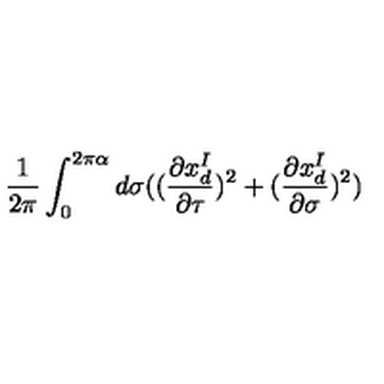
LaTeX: \frac { 1 } { 2 \pi } \int _ { 0 } ^ { 2 \pi \alpha } d \sigma ( ( \frac { \partial x _ { d } ^ { I } } { \partial \tau } ) ^ { 2 } + ( \frac { \partial x _ { d } ^ { I } } { \partial \sigma } ) ^ { 2 } )